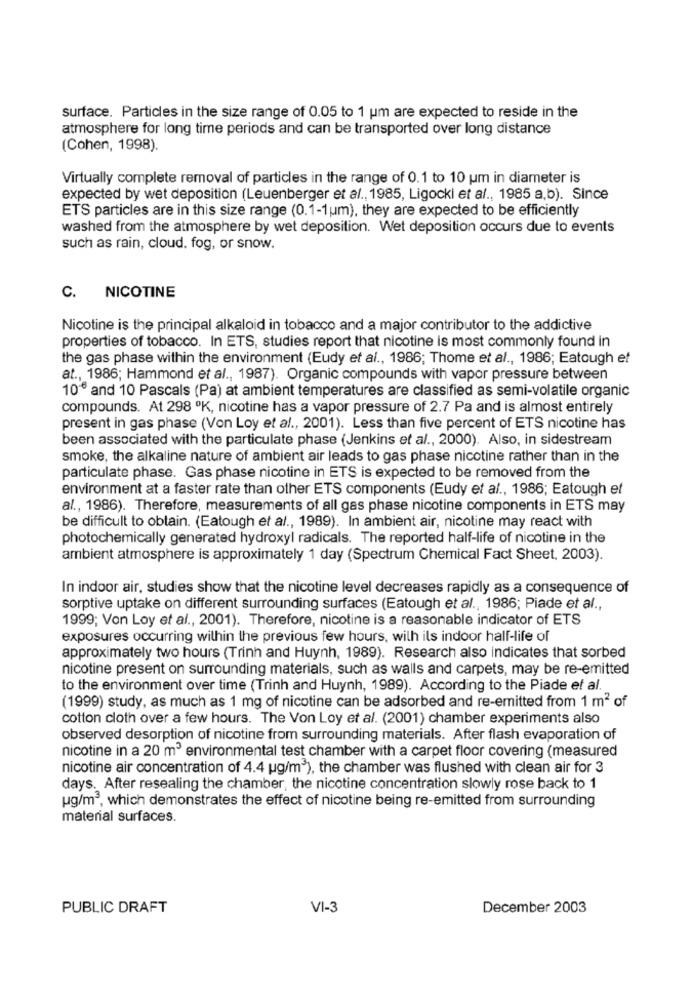
surface. Particles in the size range of 0.05 to 1 um are expected to reside in the
atmosphere for long time periods and can be transported over long distance
(Cohen, 1998).
Virtually complete removal of particles in the range of 0.1 to 10 um in diameter is
expected by wet deposition (Leuenberger et al ., 1985, Ligocki et al ., 1985 a,b). Since
ETS particles are in this size range (0.1-1um), they are expected to be efficiently
washed from the atmosphere by wet deposition. Wet deposition occurs due to events
such as rain, cloud, fog, or snow.
C. NICOTINE
Nicotine is the principal alkaloid in tobacco and a major contributor to the addictive
properties of tobacco. In ETS, studies report that nicotine is most commonly found in
the gas phase within the environment (Eudy et al ., 1986; Thome et al ., 1986; Eatough et
at ., 1986; Hammond et al ., 1987). Organic compounds with vapor pressure between
10º and 10 Pascals (Pa) at ambient temperatures are classified as semi-volatile organic
compounds. At 298 ºK, nicotine has a vapor pressure of 2.7 Pa and is almost entirely
present in gas phase (Von Loy et al ., 2001). Less than five percent of ETS nicotine has
been associated with the particulate phase (Jenkins et al ., 2000). Also, in sidestream
smoke, the alkaline nature of ambient air leads to gas phase nicotine rather than in the
particulate phase. Gas phase nicotine in ETS is expected to be removed from the
environment at a faster rate than other ETS components (Eudy et al ., 1986; Eatough et
al ., 1986). Therefore, measurements of all gas phase nicotine components in ETS may
be difficult to obtain. (Eatough et al ., 1989). In ambient air, nicotine may react with
photochemically generated hydroxyl radicals. The reported half-life of nicotine in the
ambient atmosphere is approximately 1 day (Spectrum Chemical Fact Sheet, 2003).
In indoor air, studies show that the nicotine level decreases rapidly as a consequence of
sorptive uptake on different surrounding surfaces (Eatough et al ., 1986; Piade et al .,
1999; Von Loy et al ., 2001). Therefore, nicotine is a reasonable indicator of ETS
exposures occurring within the previous few hours, wilh ils indoor half-life of
approximately two hours (Trinh and Huynh, 1989). Research also indicates that sorbed
nicotine present on surrounding materials, such as walls and carpets, may be re-emitted
to the environment over time (Trinh and Huynh, 1989). According to the Piade et al.
(1999) study, as much as 1 mg of nicotine can be adsorbed and re-emitted from 1 m2 of
cotton cloth over a few hours. The Von Loy et al. (2001) chamber experiments also
observed desorption of nicotine from surrounding materials. After flash evaporation of
nicotine in a 20 m3 environmental test chamber with a carpet floor covering (measured
nicotine air concentration of 4.4 ug/m3), the chamber was flushed with clean air for 3
days. After resealing the chamber, the nicotine concentration slowly rose back to 1
ug/m3, which demonstrates the effect of nicotine being re-emitted from surrounding
material surfaces.
PUBLIC DRAFT
VI-3
December 2003